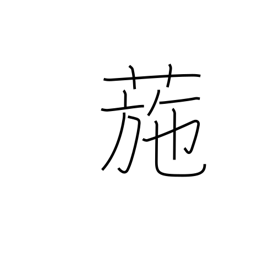
Meaning: cocklebur